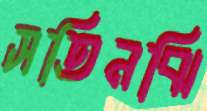
সতিনঝি